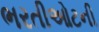
ભરતીઓટની